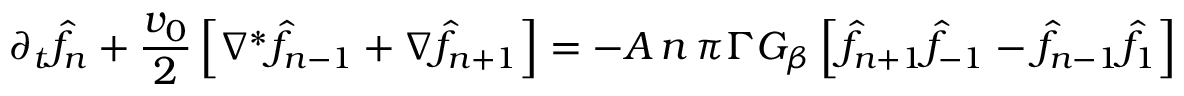
\partial _ { t } \hat { f } _ { n } + { \frac { v _ { 0 } } { 2 } } \left[ \nabla ^ { * } \hat { f } _ { n - 1 } + \nabla \hat { f } _ { n + 1 } \right] = - A \, n \, \pi \Gamma G _ { \beta } \left[ \hat { f } _ { n + 1 } \hat { f } _ { - 1 } - \hat { f } _ { n - 1 } \hat { f } _ { 1 } \right]